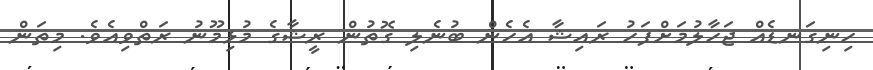
ހިނިގަނޑެއް ޖަހާލުމަށްފަހު ރައިޝާ އެހެން ބުނެލި ގޮތުން ރީޝާގެ މުޅިމޫނު ރަތްވިއެވެ. މިތަން